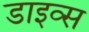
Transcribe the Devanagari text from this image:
डाइव्स